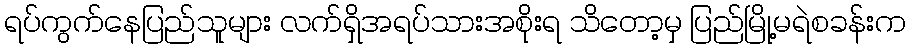
ရပ်ကွက်နေပြည်သူများ လက်ရှိအရပ်သားအစိုးရ သိတော့မှ ပြည်မြို့မရဲစခန်းက